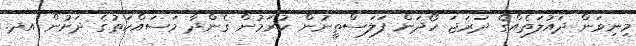
މިނިވަން ދައުލަތެއްގެ ދަރަޖަ ހޯދަން ފަލަސްތީނުން ކުރަމުން ގެންދާ މަސައްކަތުގެ ދަށުން އދ.